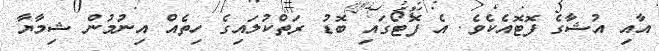
އާއި އުޝާގެ ފޮޓޮއެކެވެ. އެ ފޮޓޯގައި ބޮޑު ރަތްކުލައިގެ ހިތެއް އިނުމުން ޝިމާޔާ